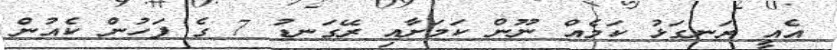
އެއީ ރަނގަޅު ކަމެއް ނޫން ކަމަށާއި ރޭގަނޑު 7 ގެ ފަހުން ކެއުން